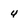
Character: 4